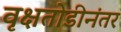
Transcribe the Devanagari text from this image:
वृक्षतोडीनंतर